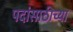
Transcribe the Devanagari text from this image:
पदांसाठीच्या